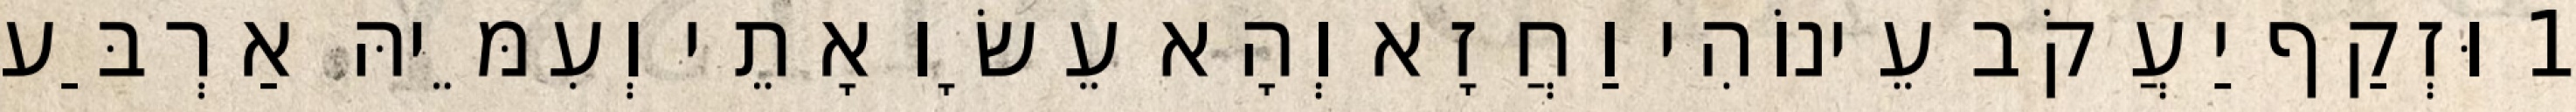
1 וּזְקַף יַעֲקֹב עֵינוֹהִי וַחֲזָא וְהָא עֵשָׂו אָתֵי וְעִמֵּיהּ אַרְבַּע